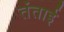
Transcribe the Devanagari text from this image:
तंताई